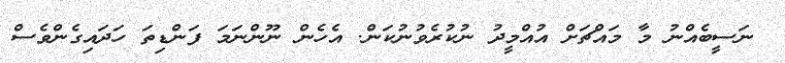
ނަސީބެއްނު މާ މައްޗަށް އުއްމީދު ނުކުރެވުނުކަން. އެހެން ނޫންނަމަ ފަންޑިތަ ހަދައިގެންވެސް